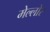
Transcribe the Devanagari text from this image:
मेल्लोर